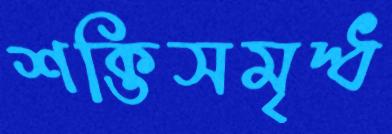
শক্তিসমৃদ্ধ